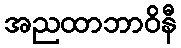
အညထာဘာဝိနီ